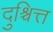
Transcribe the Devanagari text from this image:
दुश्चित्त